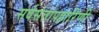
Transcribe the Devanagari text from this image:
सर्वसंतापहारिणी